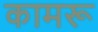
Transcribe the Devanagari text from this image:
कामरू